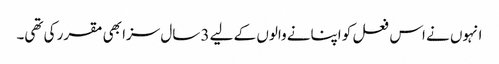
انہوں نے اس فعل کو اپنانے والوں کے لیے 3 سال سزا بھی مقرر کی تھی۔